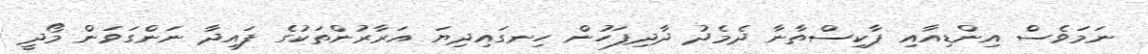
ނަމަވެސް އިންޑިއާއި ޕާކިސްތާނާ ދެމެދު ދާދިފަހުން ހިނގައިދިޔަ އަރާރުންތަކުގެ ފައިދާ ނަންގަވަން މޯދީ